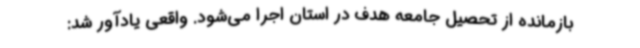
بازمانده از تحصیل جامعه هدف در استان اجرا می‌شود. واقعی یادآور شد: